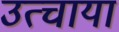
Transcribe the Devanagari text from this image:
उत्चाया